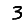
Digit: 3